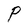
Character: P